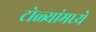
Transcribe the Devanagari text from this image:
टोळ्यांमध्ये